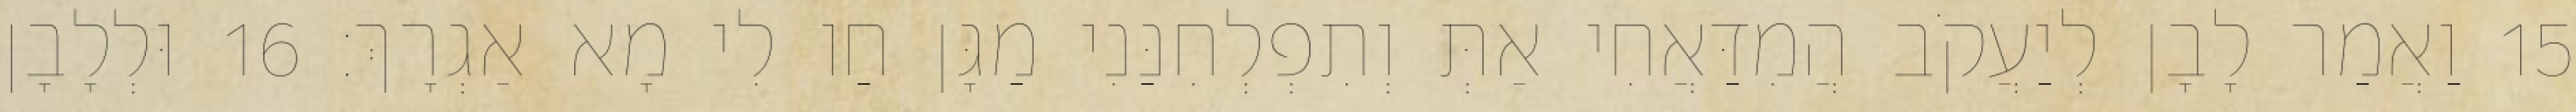
15 וַאֲמַר לָבָן לְיַעֲקֹב הֲמִדַּאֲחִי אַתְּ וְתִפְלְחִנַּנִי מַגָּן חַו לִי מָא אַגְרָךְ׃ 16 וּלְלָבָן